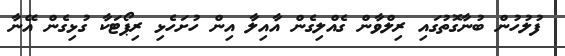
ފުލުހުން ބުނާގޮތުގައި ރިލްވާން ގެއްލިގެން އާއިލާ އިން ހުށަހެޅި ރިޕޯޓަކާ ގުޅިގެން އޭނާ